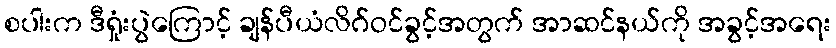
စပါးက ဒီရှုံးပွဲကြောင့် ချန်ပီယံလိဂ်ဝင်ခွင့်အတွက် အာဆင်နယ်ကို အခွင့်အရေး